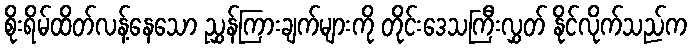
စိုးရိမ်ထိတ်လန့်နေသော ညွှန်ကြားချက်များကို တိုင်းဒေသကြီးလွှတ် နိုင်လိုက်သည်က